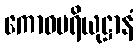
ကောဓပရိယုဋ္ဌာနံ